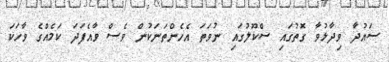
ސައުދާ ވިދާޅުވާ ގޮތުގައި ސްކޫލުގައި ނުވަތަ އެހެންތަނަކުން ވެސް ވާއެފަދަ ކަމެއްގެ ވާހަކަ